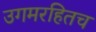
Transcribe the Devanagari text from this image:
उगमरहितच